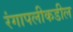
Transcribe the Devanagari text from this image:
रंगापलीकडील